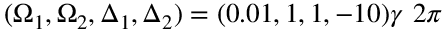
( \Omega _ { 1 } , \Omega _ { 2 } , \Delta _ { 1 } , \Delta _ { 2 } ) = ( 0 . 0 1 , 1 , 1 , - 1 0 ) \gamma ~ 2 \pi